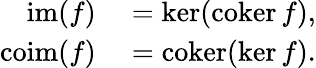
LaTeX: \begin{array}{rl}{\operatorname{im}(f)}&{{}=\ker(\operatorname{coker}f),}\\ {\operatorname{coim}(f)}&{{}=\operatorname{coker}(\ker f).}\end{array}